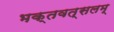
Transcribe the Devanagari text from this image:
भक्तवत्सलम्